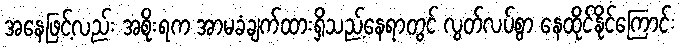
အနေဖြင့်လည်း အစိုးရက အာမခံချက်ထားရှိသည့်နေရာတွင် လွတ်လပ်စွာ နေထိုင်နိုင်ကြောင်း